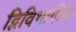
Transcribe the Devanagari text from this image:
द्विविभागीय